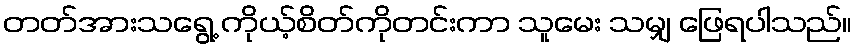
တတ်အားသရွေ့ ကိုယ့်စိတ်ကိုတင်းကာ သူမေး သမျှ ဖြေရပါသည်။